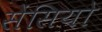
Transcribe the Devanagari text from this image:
सेंसियो